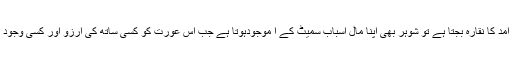
جہاں بڑھاپے کی آمد کا نقارہ بجتا ہے تو شوہر بھی اپنا مال اسباب سمیٹ کے آ موجودہوتا ہے جب اس عورت کو کسی ساتھ کی آرزو اور کسی وجود کی آس نہیں ہوتی۔